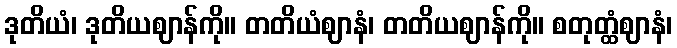
ဒုတိယံ၊ ဒုတိယဈာန်ကို။ တတိယံဈာနံ၊ တတိယဈာန်ကို။ စတုတ္ထံဈာနံ၊